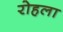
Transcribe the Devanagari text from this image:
रोहला